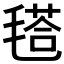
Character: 𣯚